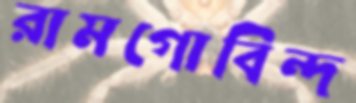
রামগোবিন্দ